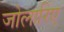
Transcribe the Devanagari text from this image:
जोलारिए